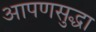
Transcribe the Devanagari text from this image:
आपणसुद्धा